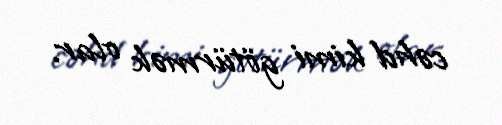
cəhd kimi götürmək olar.